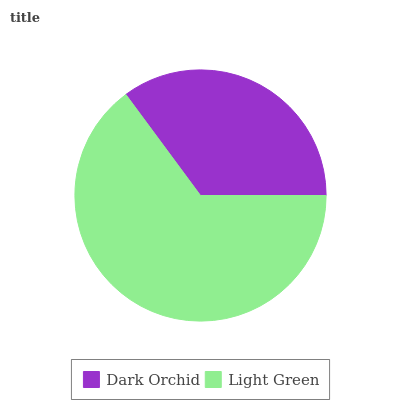
| Dark Orchid | Light Green |
 | --- | --- |
 | 35.1% | 64.9% |